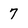
Character: 7